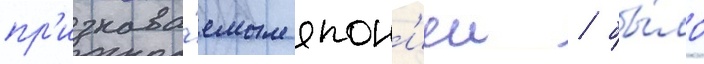
пр'изнава́емым япон'иеи / бы́ло